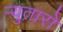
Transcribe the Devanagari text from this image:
र्‍युतारो